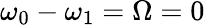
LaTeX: \omega_{0}-\omega_{1}=\Omega=0